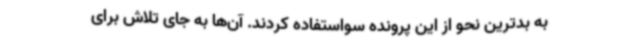
به بدترین نحو از این پرونده سواستفاده کردند. آن‌ها به جای تلاش برای